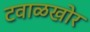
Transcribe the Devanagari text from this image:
टवाळखोर